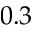
0 . 3